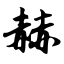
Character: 赫